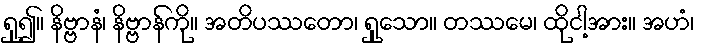
ရှု၍။ နိဗ္ဗာနံ၊ နိဗ္ဗာန်ကို။ အတိပဿတော၊ ရှုသော။ တဿမေ၊ ထိုငါ့အား။ အဟံ၊